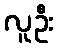
လူဦး